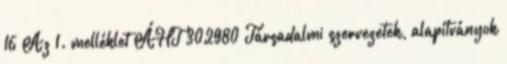
16 Az 1. melléklet ÁHT 302980 Társadalmi szervezetek, alapítványok